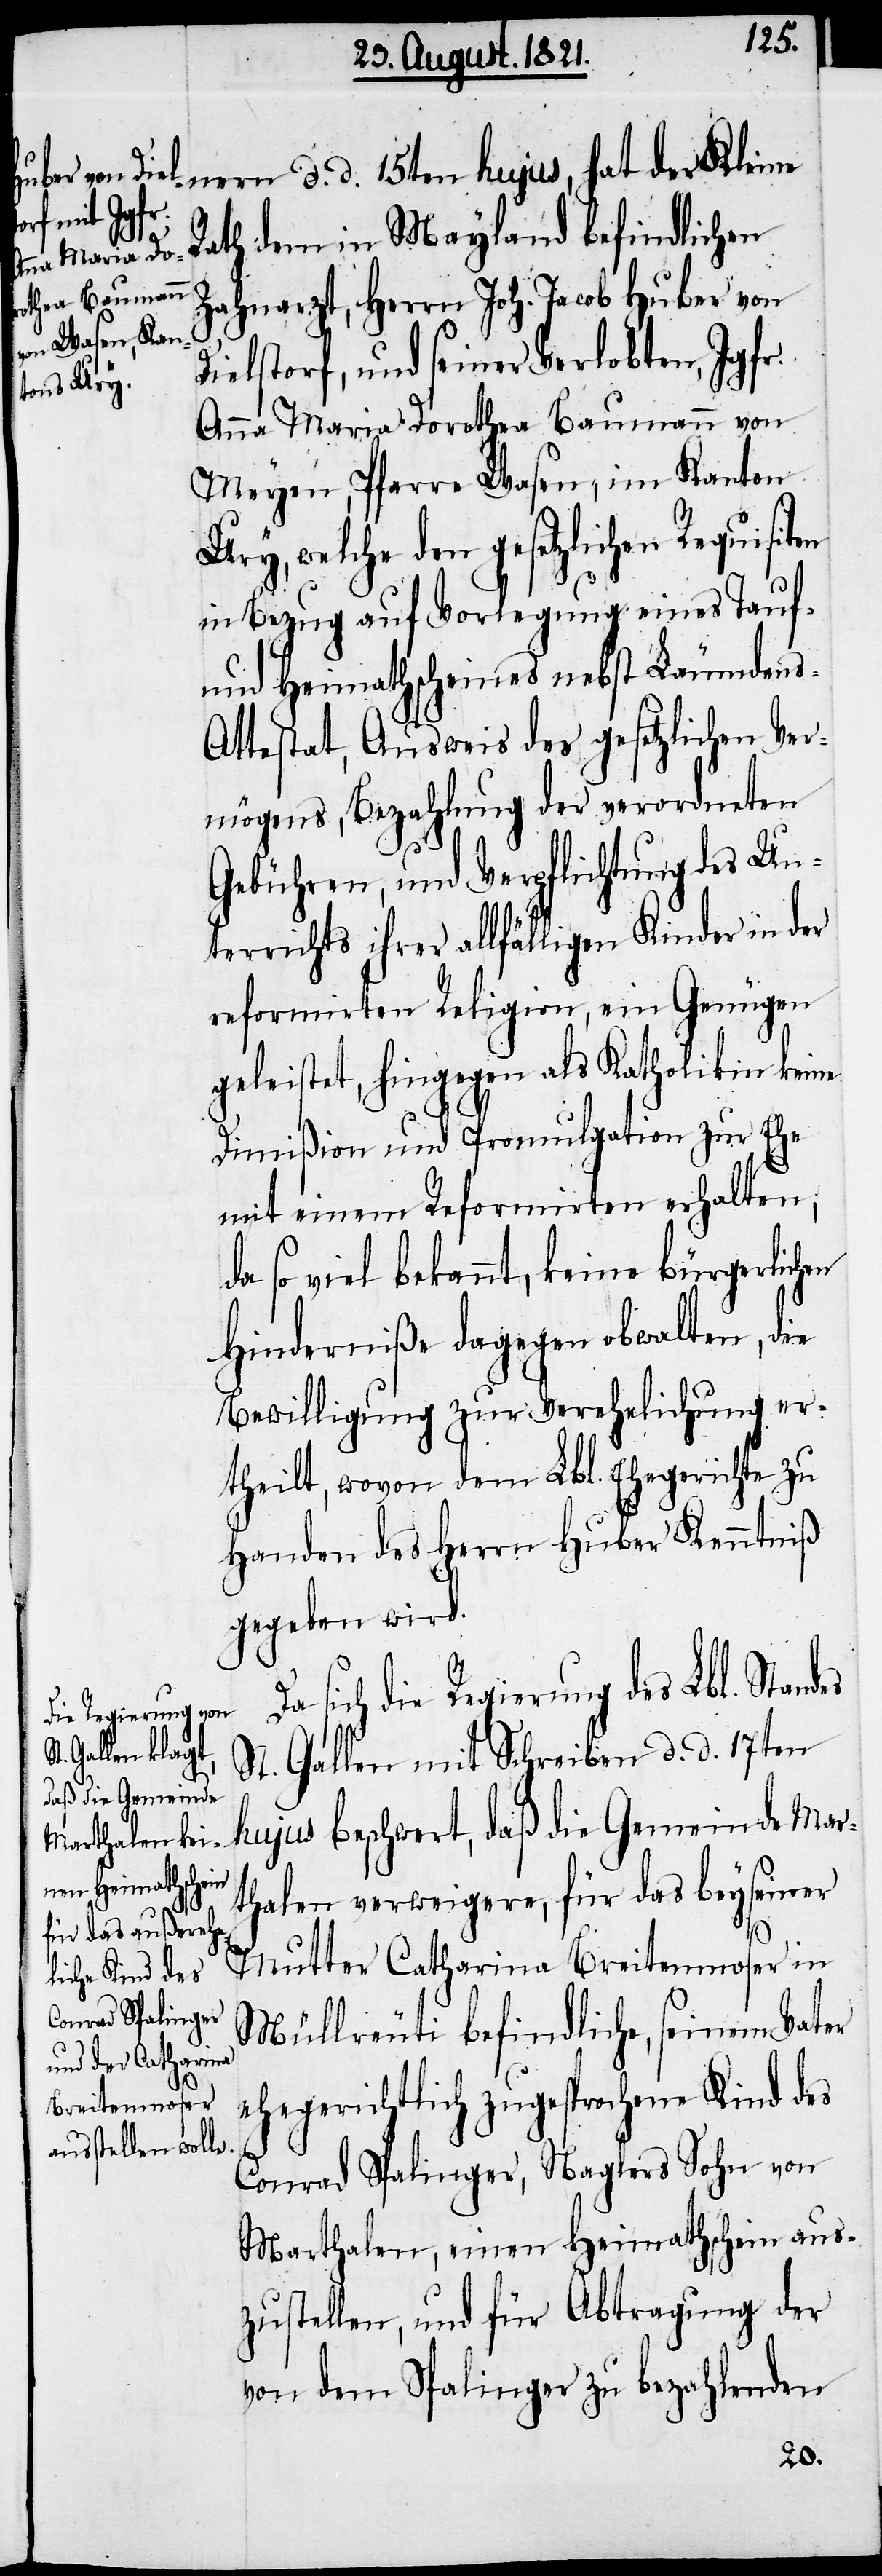
ten
nern d. d. 15ten hujus, hat der Kleine
Rath dem in Mayland befindlichen
Zahnarzt, Herrn Joh. Jacob Huber von
Dielstorf, und seiner Verlobten, Jgfr.
Anna Maria Dorothea Baumann von
Meyen, Pfarre Wasen, im Kanton
Ury, welche den gesetzlichen Requisi¬
in Bezug auf Vorlegung eines Tauf-
und Heimathscheines nebst Läumdens-A¬
ttestat, Ausweis des gesetzlichen Ver¬
mögens, Bezahlung der verordneten
Gebühren, und Verpflichtung des Un¬
terrichts ihrer allfälligen Kinder in der
reformirten Religion, ein Genüge
geleistet, hingegen als Katholikin keine
Dimißion und Promulgation zur Ehe
mit einem Reformirten erhalten,
da so viel bekannt keine bürgerlichen
Hinderniße dagegen obwalten, die
Bewilligung zur Verehelichung er¬
theilt, wovon dem Lbl. Ehegerichte zu
Handen des Herrn Huber Kenntniß
gegeben wird.
sich die Regierung des Lbl. Stand¬
St. Gallen mit Schreiben d. d. 17ten
hujus beschwert, daß die Gemeinde Mar¬
thalen verweigere, für das bey seiner
Mutter Catharina Breitenmoser in
Müllreuti befindliche, seinem Vater
ehegerichtlich zugesprochene Kind des
Conrad Spalinger, Naglers Sohn von
Marthalen, einen Heimathschein aus¬
zustellen, und für Abtragung der
von dem Spalinger zu bezahlenden
es